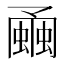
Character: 𧐘